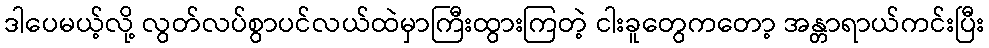
ဒါပေမယ့်လို့ လွတ်လပ်စွာပင်လယ်ထဲမှာကြီးထွားကြတဲ့ ငါးခူတွေကတော့ အန္တာရာယ်ကင်းပြီး